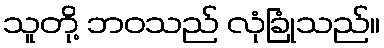
သူတို့ ဘဝသည် လုံခြုံသည်။